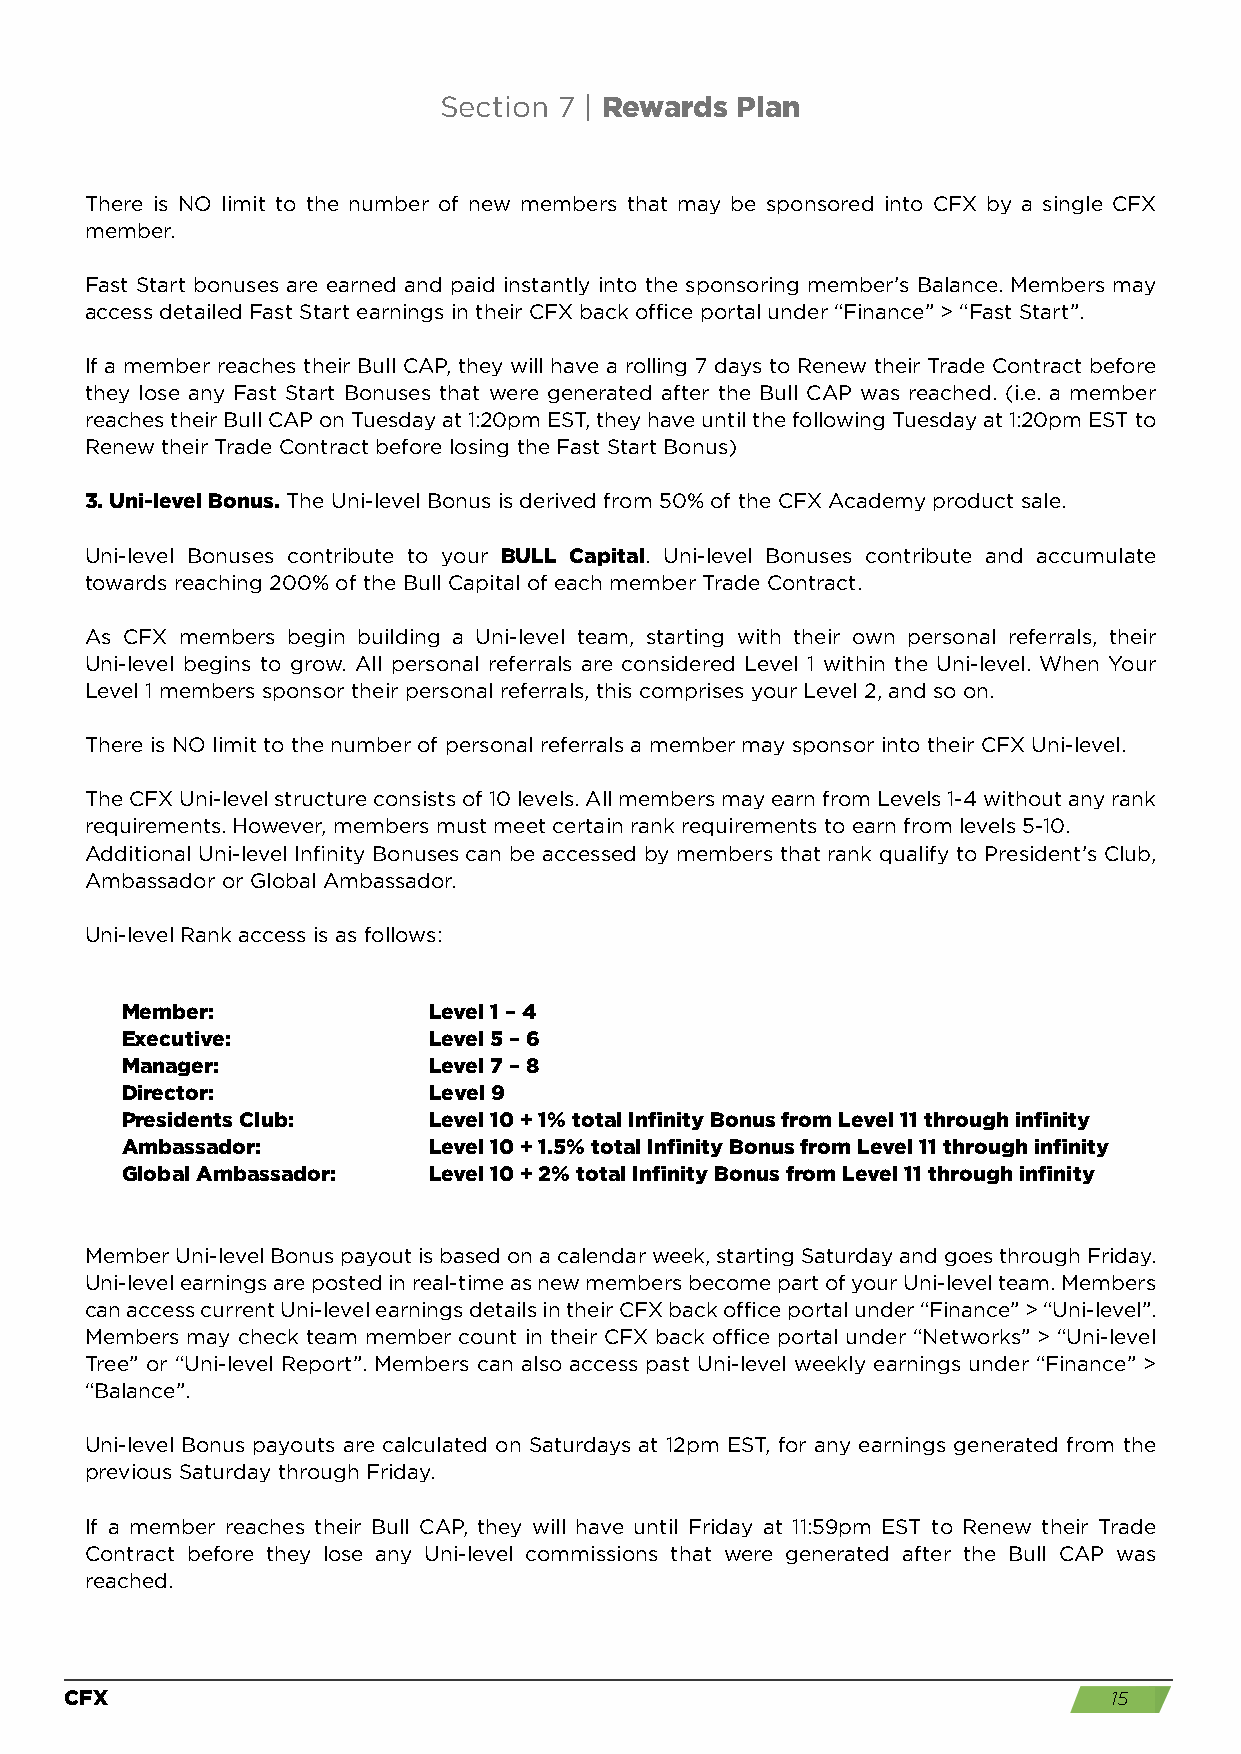
Section 7 | Rewards Plan
 There is NO limit to the number of new members that may be sponsored into CFX by a single CFX
 member.
 Fast Start bonuses are earned and paid instantly into the sponsoring member’s Balance. Members may
 access detailed Fast Start earnings in their CFX back office portal under “Finance” > “Fast Start”.
 If a member reaches their Bull CAP, they will have a rolling 7 days to Renew their Trade Contract before
 they lose any Fast Start Bonuses that were generated after the Bull CAP was reached. (i.e. a member
 reaches their Bull CAP on Tuesday at 1:20pm EST, they have until the following Tuesday at 1:20pm EST to
 Renew their Trade Contract before losing the Fast Start Bonus)
 3. Uni-level Bonus. The Uni-level Bonus is derived from 50% of the CFX Academy product sale.
 Uni-level Bonuses contribute to your BULL Capital. Uni-level Bonuses contribute and accumulate
 towards reaching 200% of the Bull Capital of each member Trade Contract.
 As CFX members begin building a Uni-level team, starting with their own personal referrals, their
 Uni-level begins to grow. All personal referrals are considered Level 1 within the Uni-level. When Your
 Level 1 members sponsor their personal referrals, this comprises your Level 2, and so on.
 There is NO limit to the number of personal referrals a member may sponsor into their CFX Uni-level.
 The CFX Uni-level structure consists of 10 levels. All members may earn from Levels 1-4 without any rank
 requirements. However, members must meet certain rank requirements to earn from levels 5-10.
 Additional Uni-level Infinity Bonuses can be accessed by members that rank qualify to President’s Club,
 Ambassador or Global Ambassador.
 Uni-level Rank access is as follows:
 Member:             Level 1 – 4
 Executive:          Level 5 – 6
 Manager:            Level 7 – 8
 Director:           Level 9
 Presidents Club:    Level 10 + 1% total Infinity Bonus from Level 11 through infinity
 Ambassador:         Level 10 + 1.5% total Infinity Bonus from Level 11 through infinity
 Global Ambassador:  Level 10 + 2% total Infinity Bonus from Level 11 through infinity
 Member Uni-level Bonus payout is based on a calendar week, starting Saturday and goes through Friday.
 Uni-level earnings are posted in real-time as new members become part of your Uni-level team. Members
 can access current Uni-level earnings details in their CFX back office portal under “Finance” > “Uni-level”.
 Members may check team member count in their CFX back office portal under “Networks” > “Uni-level
 Tree” or “Uni-level Report”. Members can also access past Uni-level weekly earnings under “Finance” >
 “Balance”.
 Uni-level Bonus payouts are calculated on Saturdays at 12pm EST, for any earnings generated from the
 previous Saturday through Friday.
 If a member reaches their Bull CAP, they will have until Friday at 11:59pm EST to Renew their Trade
 Contract before they lose any Uni-level commissions that were generated after the Bull CAP was
 reached.
 CFX                                                                  15